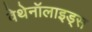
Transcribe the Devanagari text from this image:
वेथेनॉलाइड्स